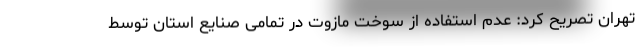
تهران تصریح کرد: عدم استفاده از سوخت مازوت در تمامی صنایع استان توسط